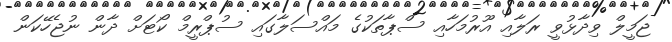
ޖަމީލް ވިދާޅުވީ ރަލާއި އޫރުމަހާއި ސްޕާތަކުގެ މައްސަލާގައި ސުޕްރީމް ކޯޓަށް ދާން ނުޖެހޭކަން